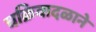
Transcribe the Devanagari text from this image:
चक्रिवादळाने